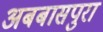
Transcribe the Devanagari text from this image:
अबबासपुरा